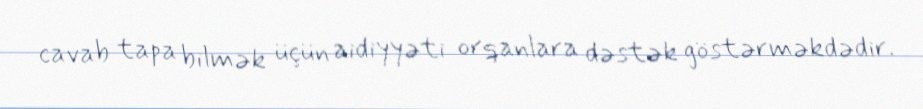
cavab tapa bilmək üçün aidiyyəti orqanlara dəstək göstərməkdədir.